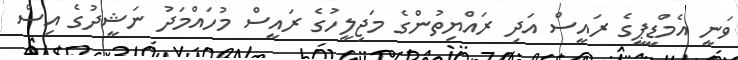
ވަނީ އެމްޑީޕީގެ ރައީސް އަދި ރައްޔިތުންގެ މަޖިލީހުގެ ރައީސް މުހައްމަދު ނަޝީދުގެ އިސް